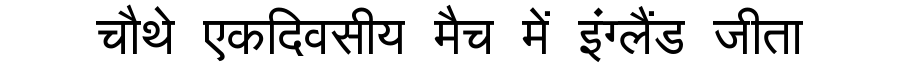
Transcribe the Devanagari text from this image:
चौथे एकदिवसीय मैच में इंग्लैंड जीता